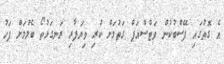
އެ ގޮތުގައި ފޭސްބުކުން ވަޓްސްއަޕް ގަތުމަށް ކުރި ވިޔަފާރި ރަނގަޅުތޯ ބެލުމަށް ފަހު